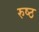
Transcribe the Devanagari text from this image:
रुष्ठ